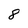
Character: 8